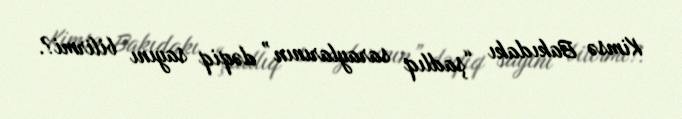
Kimsə Bakıdakı “şadlıq saraylarının” dəqiq sayını bilirmi?.